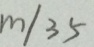
m / 3 5